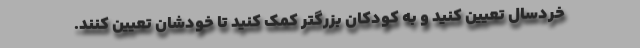
خردسال تعیین کنید و به کودکان بزرگتر کمک کنید تا خودشان تعیین کنند.